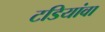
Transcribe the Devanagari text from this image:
टडियांवा